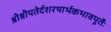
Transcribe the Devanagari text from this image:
श्रीश्रीपतेर्दशरथार्भकभावपूर्तेः